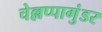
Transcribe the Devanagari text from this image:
चेल्लप्पागुंडर